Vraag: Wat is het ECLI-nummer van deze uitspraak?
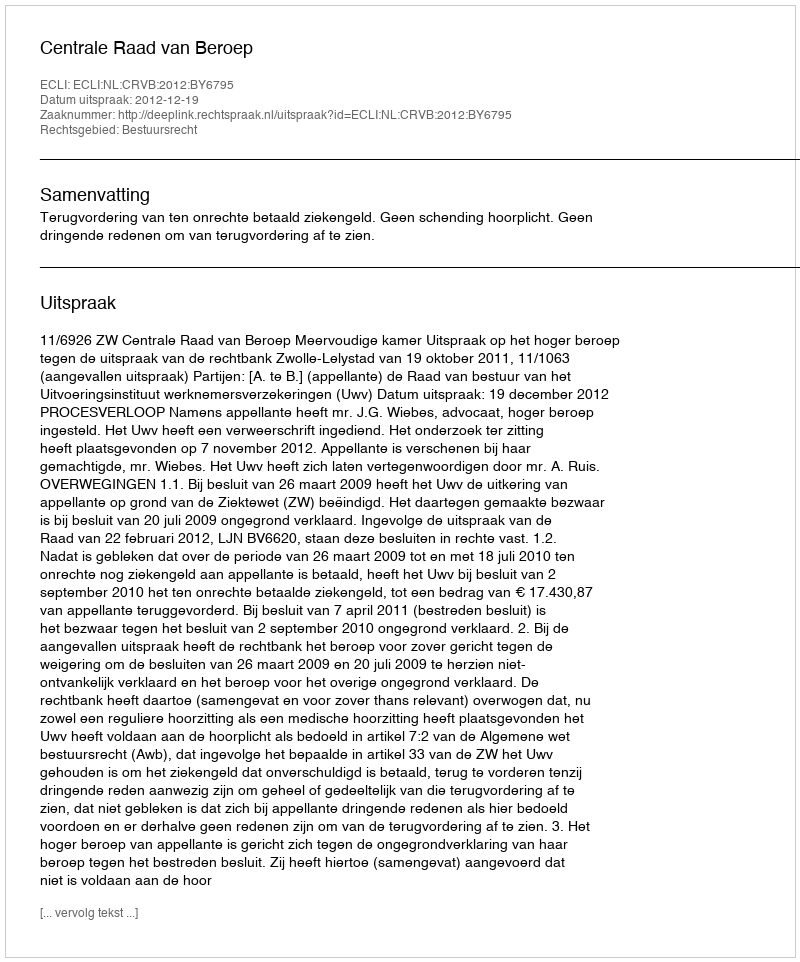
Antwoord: ECLI:NL:CRVB:2012:BY6795